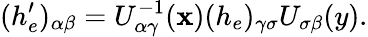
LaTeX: (h_{e}^{\prime})_{\alpha\beta}=U_{\alpha\gamma}^{-1}(\mathbf{x})(h_{e})_{\gamma\sigma}U_{\sigma\beta}(y).